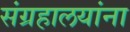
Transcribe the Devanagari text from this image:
संग्रहालयांना